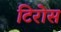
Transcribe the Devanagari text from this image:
टिरोस